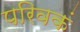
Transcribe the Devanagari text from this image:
परिवकं